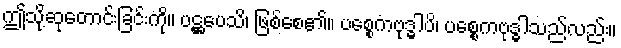
ဤသို့ဆုတောင်းခြင်းကို။ ပဋ္ဌပေသိ၊ ဖြစ်စေ၏။ ပစ္စေကဗုဒ္ဓါပိ၊ ပစ္စေကဗုဒ္ဓါသည်လည်း။